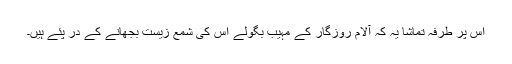
اس پر طرفہ تماشا یہ کہ آلام روزگار کے مہیب بگولے اس کی شمع زیست بجھانے کے در پئے ہیں۔